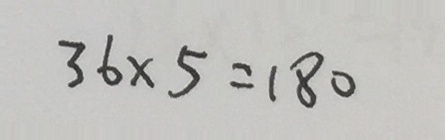
3 6 \times 5 = 1 8 0